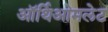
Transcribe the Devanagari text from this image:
ऑर्थिओमलेट